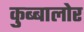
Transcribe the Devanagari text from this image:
कुब्बालोर